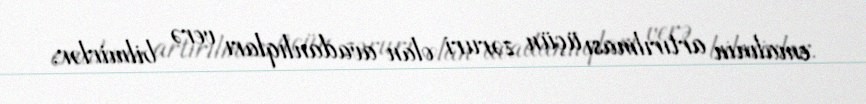
emalının artırılması üçün zəruri olan avadanlıqları verə bilmirlər.